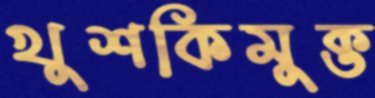
খুশকিমুক্ত